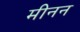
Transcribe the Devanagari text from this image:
मीनन